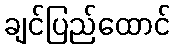
ချင်ပြည်ထောင်